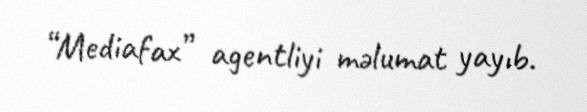
“Mediafax” agentliyi məlumat yayıb.